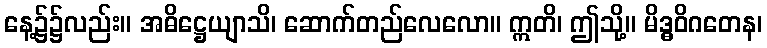
နေ့၌၌လည်း။ အဓိဋ္ဌေယျာသိ၊ ဆောက်တည်လေလော။ ဣတိ၊ ဤသို့။ မိဒ္ဓဝိဂတေန၊